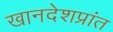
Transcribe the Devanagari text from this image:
खानदेशप्रांत